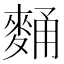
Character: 𪌻